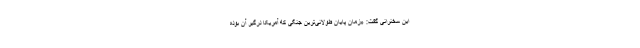
این سخنرانی گفت: «زمان پایان طولانی‌ترین جنگی که آمریکا درگیر آن بوده